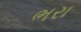
ભરા